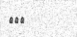
١٥٧